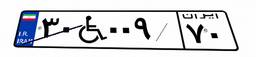
۳۰W۰۰۹۷۰